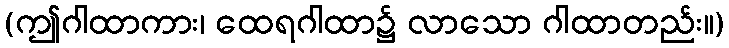
(ဤဂါထာကား၊ ထေရဂါထာ၌ လာသော ဂါထာတည်း။)